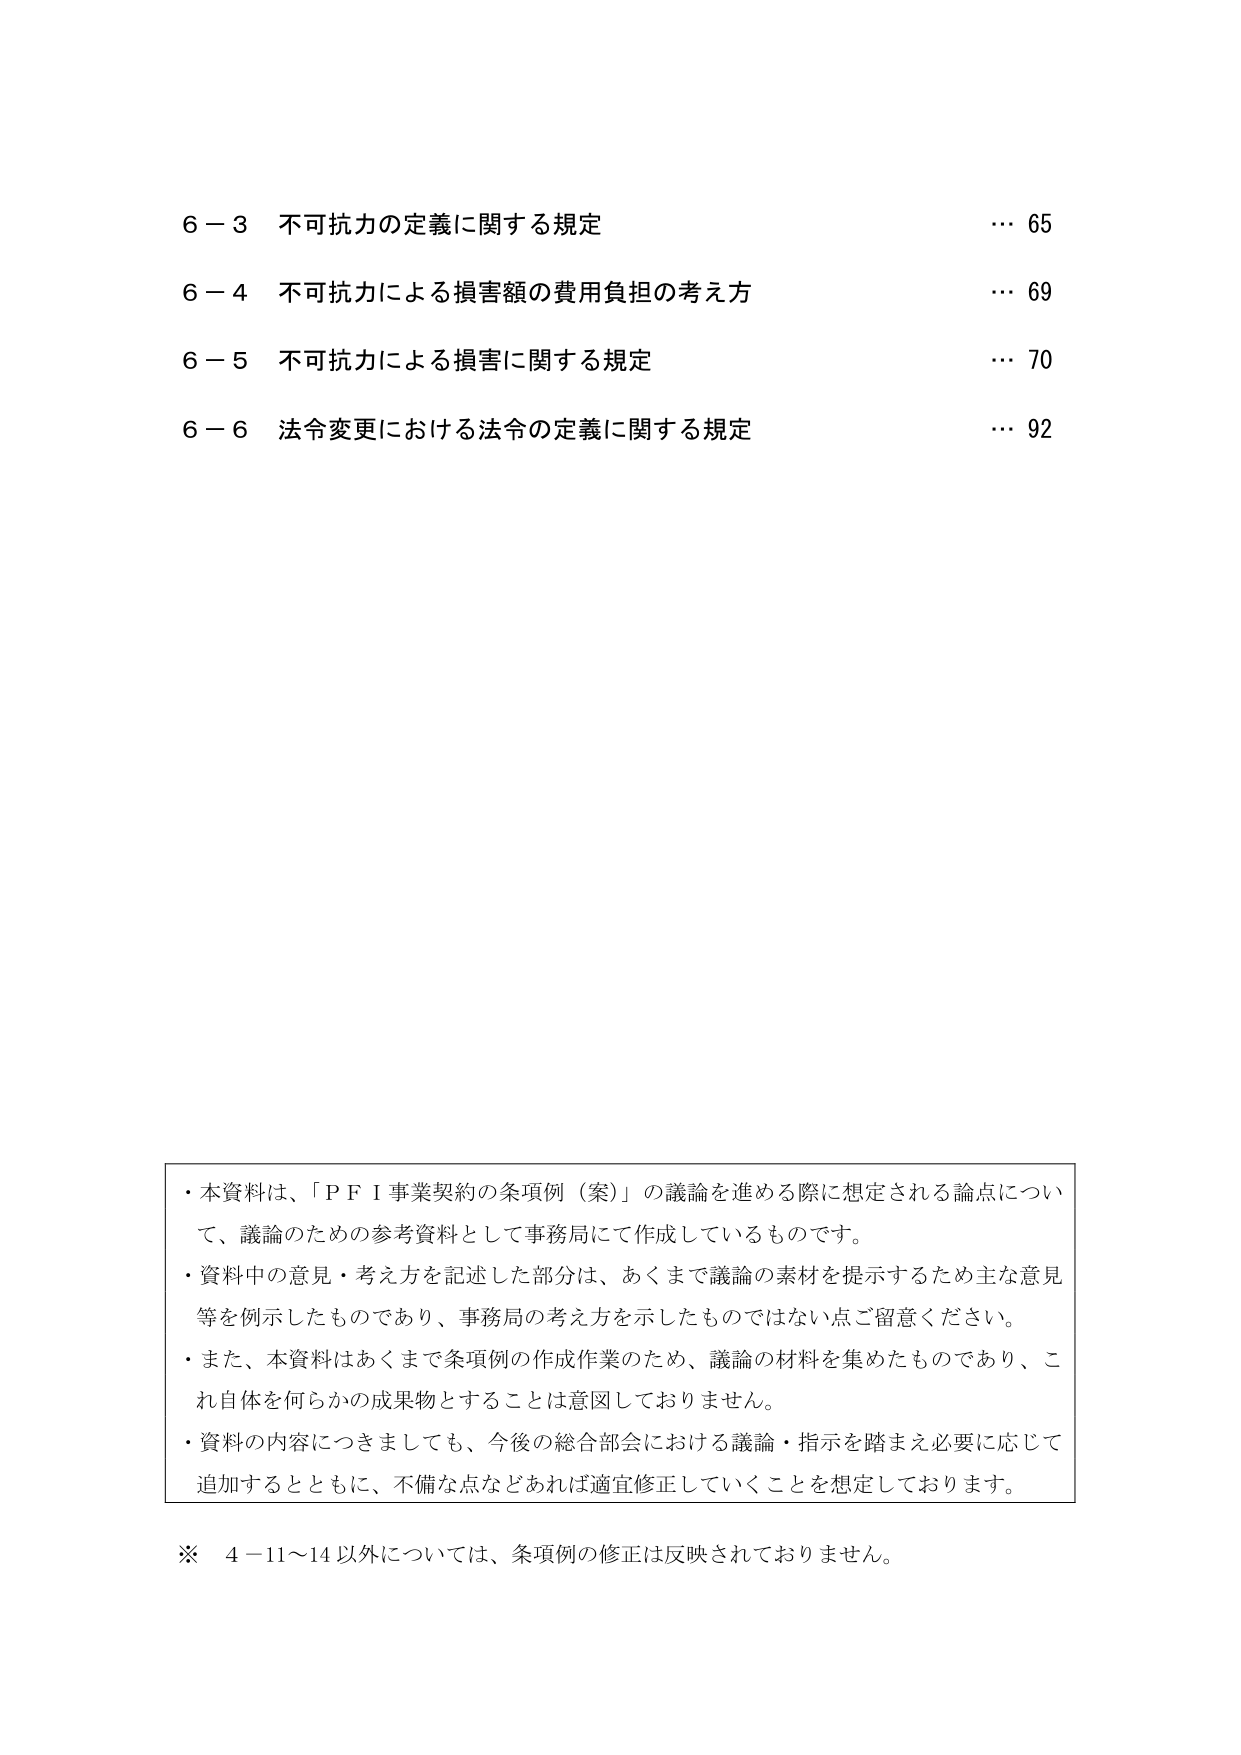
6－3 不可抗力の定義に関する規定 … 65
6－4 不可抗力による損害額の費用負担の考え方 … 69
6－5 不可抗力による損害に関する規定 … 70
6－6 法令変更における法令の定義に関する規定 … 92

・本資料は、「ＰＦＩ事業契約の条項例（案）」の議論を進める際に想定される論点について、議論のための参考資料として事務局にて作成しているものです。
・資料中の意見・考え方を記述した部分は、あくまで議論の素材を提示するため主な意見等を例示したものであり、事務局の考え方を示したものではない点ご留意ください。
・また、本資料はあくまで条項例の作成作業のため、議論の材料を集めたものであり、これ自体を何らかの成果物とすることは意図しておりません。
・資料の内容につきましても、今後の総合部会における議論・指示を踏まえ必要に応じて追加するとともに、不備な点などあれば適宜修正していくことを想定しております。

※ 4－11～14以外については、条項例の修正は反映されておりません。